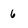
Character: 6